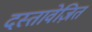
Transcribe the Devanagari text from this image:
दस्तावेज़ित